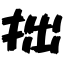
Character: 拙